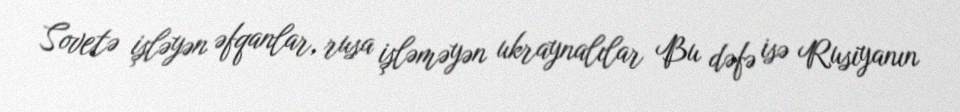
Sovetə işləyən əfqanlar, rusa işləməyən ukraynalılar Bu dəfə isə Rusiyanın